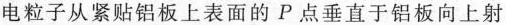
电粒子从紧贴铝板上表面的P点垂直于铝板向上射